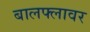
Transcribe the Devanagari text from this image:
बालफ्लावर